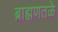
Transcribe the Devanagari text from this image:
ब्राह्मणतळे